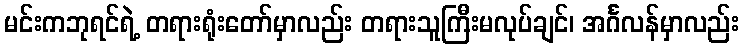
မင်းကဘုရင်ရဲ့ တရားရုံးတော်မှာလည်း တရားသူကြီးမလုပ်ချင်၊ အင်္ဂလန်မှာလည်း